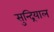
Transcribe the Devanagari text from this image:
सुन्द्रियाल